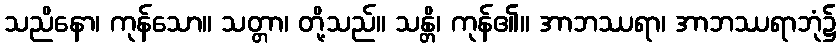
သညိနော၊ ကုန်သော။ သတ္တာ၊ တို့သည်။ သန္တိ၊ ကုန်၏။ အာဘဿရာ၊ အာဘဿရာဘုံ၌